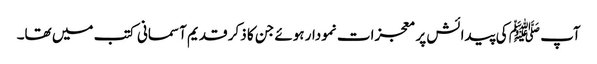
آپ ﷺ کی پیدائش پر معجزات نمودار ہوئے جن کا ذکر قدیم آسمانی کتب میں تھا۔